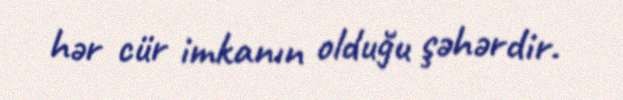
hər cür imkanın olduğu şəhərdir.